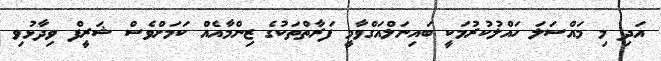
އަދި މި މައްސަލަ ހައްލުކުރުމަކީ ބައިނަލްއަގްވާމީ ފަރާތްތަކުގެ ޒިންމާއެއް ކަމަށްވެސް ޝަރީފް ވިދާޅުވި